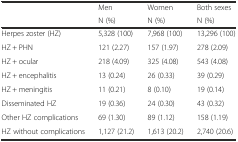
<table><thead><tr><td></td><td><b>Men</b></td><td><b>Women</b></td><td><b>Both sexes</b></td></tr><tr><td></td><td><b>N (%)</b></td><td><b>N (%)</b></td><td><b>N (%)</b></td></tr></thead><tbody><tr><td>Herpes zoster (HZ)</td><td>5,328 (100)</td><td>7,968 (100)</td><td>13,296 (100)</td></tr><tr><td>HZ + PHN</td><td>121 (2.27)</td><td>157 (1.97)</td><td>278 (2.09)</td></tr><tr><td>HZ + ocular</td><td>218 (4.09)</td><td>325 (4.08)</td><td>543 (4.08)</td></tr><tr><td>HZ + encephalitis</td><td>13 (0.24)</td><td>26 (0.33)</td><td>39 (0.29)</td></tr><tr><td>HZ + meningitis</td><td>11 (0.21)</td><td>8 (0.10)</td><td>19 (0.14)</td></tr><tr><td>Disseminated HZ</td><td>19 (0.36)</td><td>24 (0.30)</td><td>43 (0.32)</td></tr><tr><td>Other HZ complications</td><td>69 (1.30)</td><td>89 (1.12)</td><td>158 (1.19)</td></tr><tr><td>HZ without complications</td><td>1,127 (21.2)</td><td>1,613 (20.2)</td><td>2,740 (20.6)</td></tr></tbody></table>